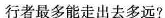
行者最多能走出去多远?